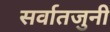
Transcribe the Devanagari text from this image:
सर्वातजुनी